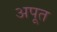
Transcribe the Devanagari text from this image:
अपूत